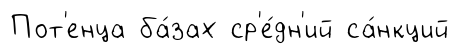
Пот'енца ба́зах ср'е́дн'ий са́нкций